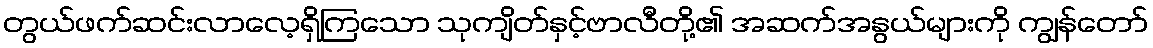
တွယ်ဖက်ဆင်းလာလေ့ရှိကြသော သုကျိတ်နှင့်ဗာလီတို့၏ အဆက်အနွယ်များကို ကျွန်တော်